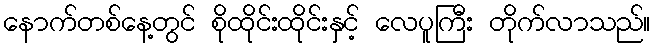
နောက်တစ်နေ့တွင် စိုထိုင်းထိုင်းနှင့် လေပူကြီး တိုက်လာသည်။